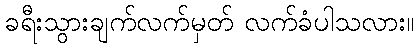
ခရီးသွားချက်လက်မှတ် လက်ခံပါသလား။